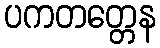
ပကတတ္တေန